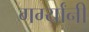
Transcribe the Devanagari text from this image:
गर्ग्यांनी